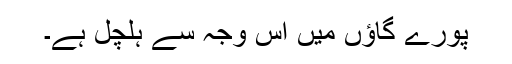
پورے گاؤں میں اس وجہ سے ہلچل ہے۔